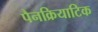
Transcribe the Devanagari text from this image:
पैनक्रियाटिक